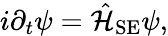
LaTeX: i\partial_{t}\psi=\hat{\mathcal{H}}_{\mathrm{SE}}\psi,